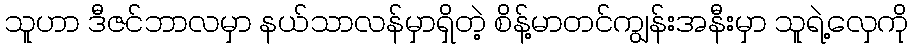
သူဟာ ဒီဇင်ဘာလမှာ နယ်သာလန်မှာရှိတဲ့ စိန့်မာတင်ကျွန်းအနီးမှာ သူရဲ့လှေကို